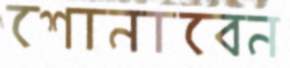
শোনাবেন